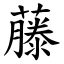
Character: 藤